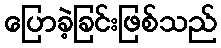
ပြောခဲ့ခြင်းဖြစ်သည်